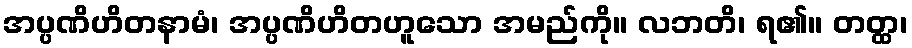
အပ္ပဏိဟိတနာမံ၊ အပ္ပဏိဟိတဟူသော အမည်ကို။ လဘတိ၊ ရ၏။ တတ္ထ၊